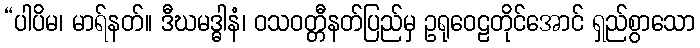
“ပါပိမ၊ မာရ်နတ်။ ဒီဃမဒ္ဓါနံ၊ ဝသဝတ္တီနတ်ပြည်မှ ဥရုဝေဠတိုင်အောင် ရှည်စွာသော